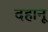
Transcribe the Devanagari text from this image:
दहानू